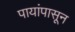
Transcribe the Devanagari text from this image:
पायांपासून